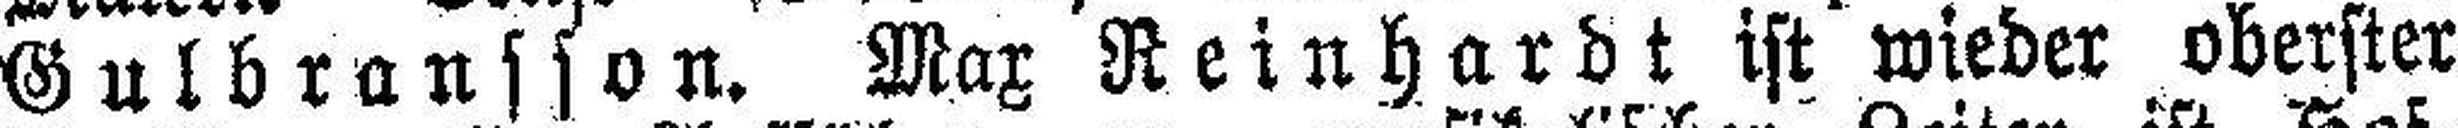
Gulbransson. Max Reinhardt ist wieder oberster